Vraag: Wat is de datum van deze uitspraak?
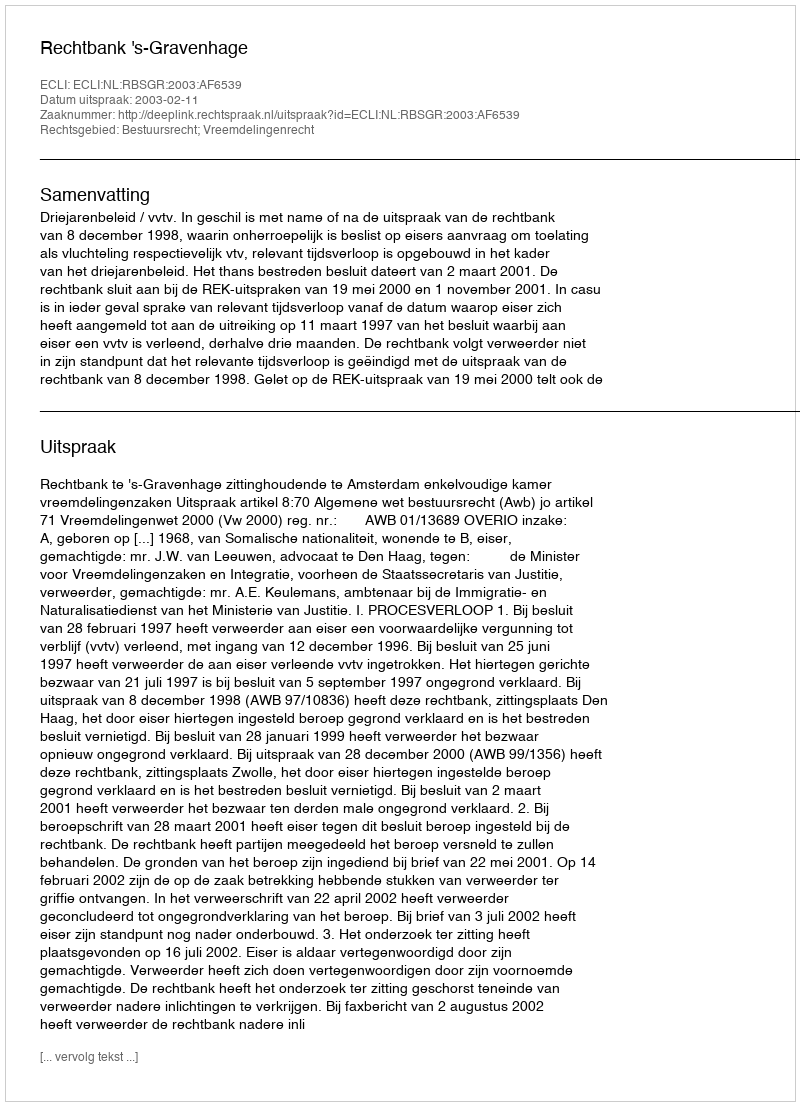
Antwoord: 2003-02-11